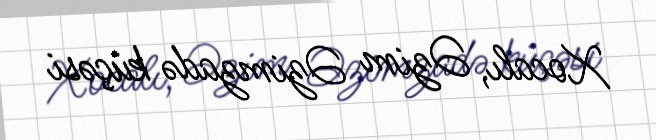
Xocalı, Əzim Əzimzadə küçəsi